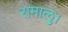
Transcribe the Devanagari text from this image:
रामालु।